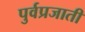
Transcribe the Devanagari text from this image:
पुर्वप्रजाती